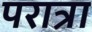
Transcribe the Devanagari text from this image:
परात्रा